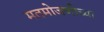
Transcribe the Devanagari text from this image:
मतमोजणीच्या